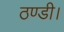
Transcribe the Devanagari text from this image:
ठण्डी।